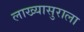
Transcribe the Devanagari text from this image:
लाख्यासुराला